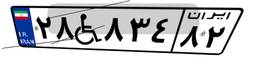
۱۴W۳۴۴۶۳